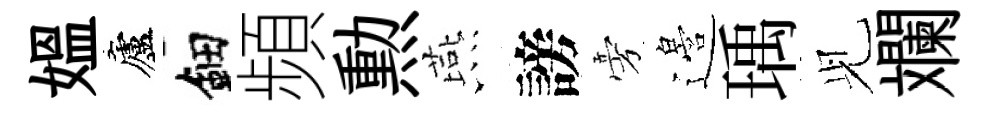
媪廬鈿頻勲燕謗旁邉瑀𫤗斕